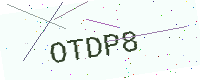
Text: OTDP8